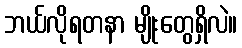
ဘယ်လိုရတနာ မျိုးတွေရှိလဲ။